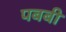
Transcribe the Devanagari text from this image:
पबबी